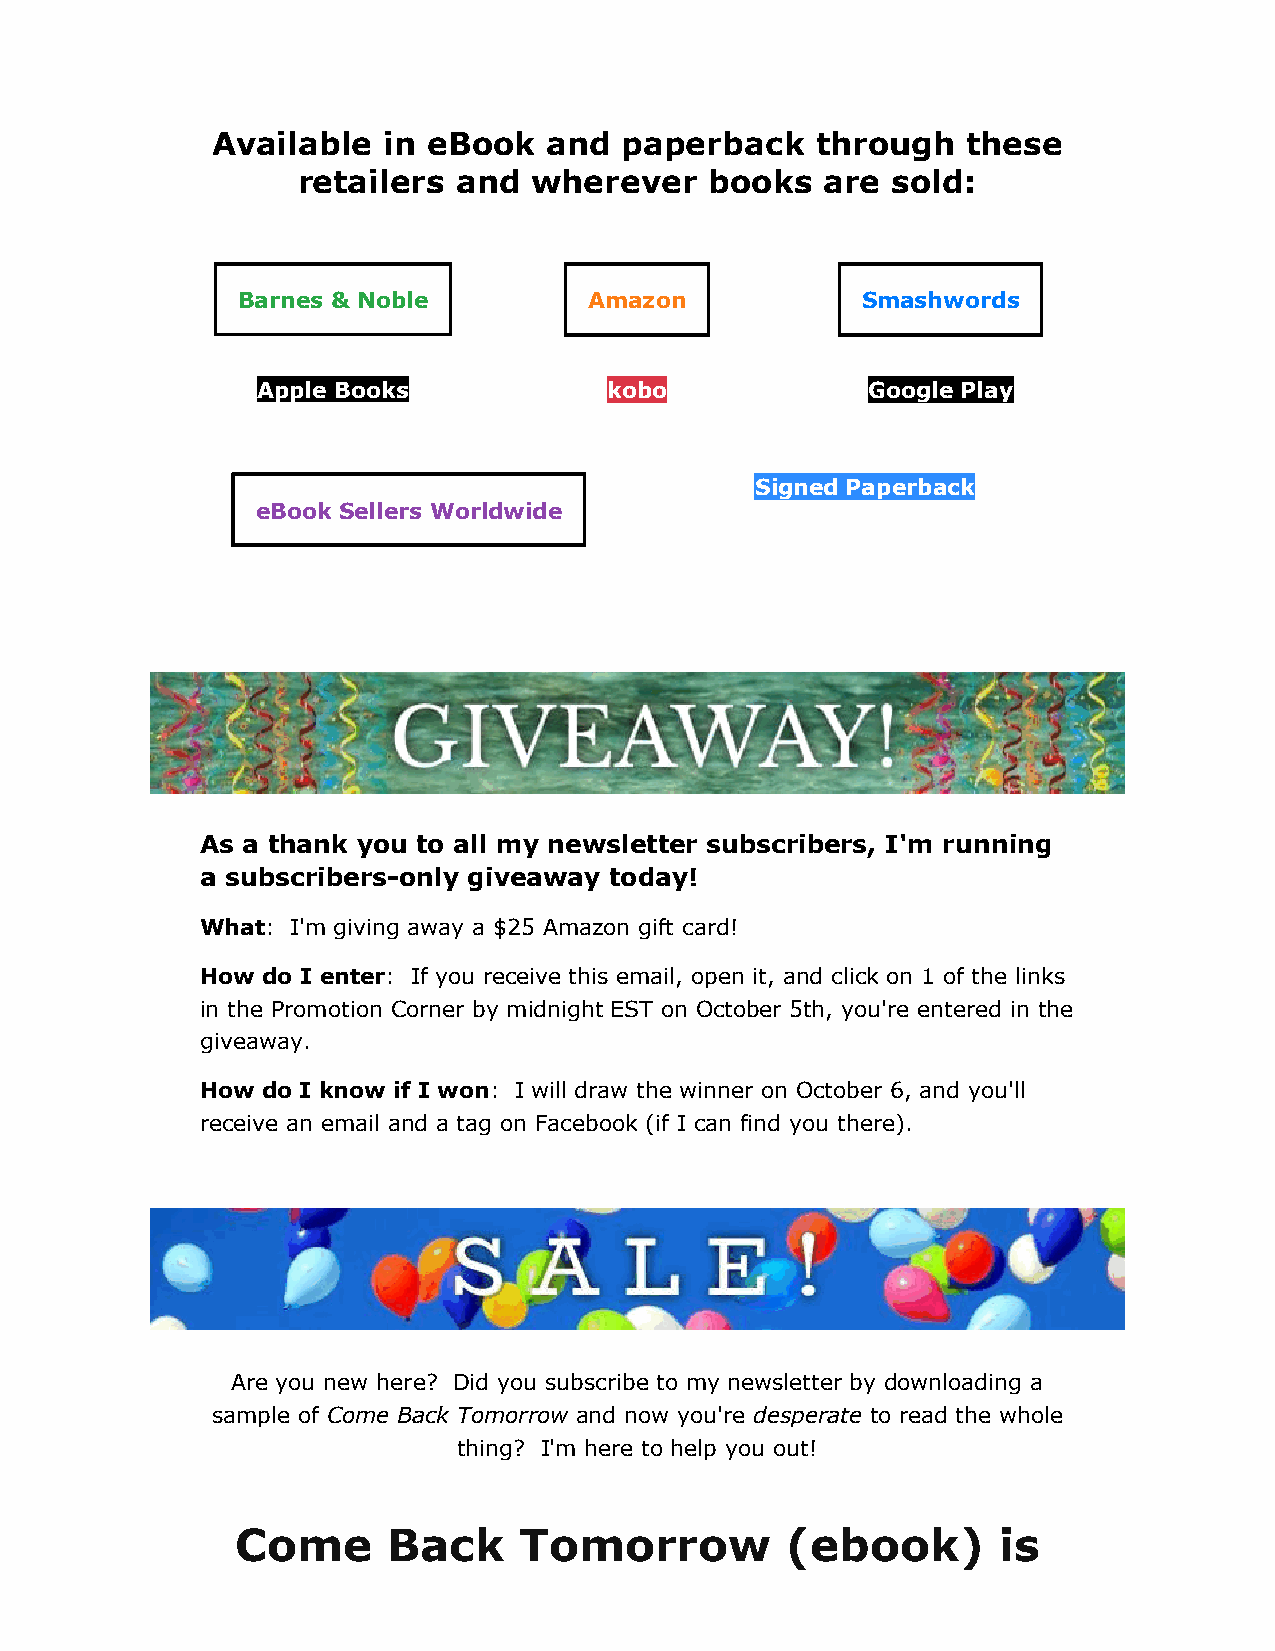
Available  in eBook   and  paperback    through   these
 retailers and  wherever    books   are sold:
 Barnes & Noble         Amazon            Smashwords
 Apple Books            kob o            Google Play
 Signed P aperback
 eBook Sellers Worldwide
 As a thank you to all my newsletter subscribers, I'm running
 a subscribers-only giveaway today!
 What: I'm giving away a $25 Amazon gift card!
 How do I enter: If you receive this email, open it, and click on 1 of the links
 in the Promotion Corner by midnight EST on October 5th, you're entered in the
 giveaway.
 How do I know if I won: I will draw the winner on October 6, and you'll
 receive an email and a tag on Facebook (if I can find you there).
 Are you new here? Did you subscribe to my newsletter by downloading a
 sample of Come Back Tomorrow and now you're desperate to read the whole
 thing? I'm here to help you out!
 Come      Back    Tomorrow          (ebook)       is